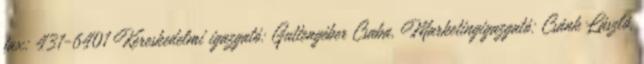
fax: 431-6401 Kereskedelmi igazgató: Guttengéber Csaba, Marketingigazgató: Csánk László,